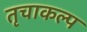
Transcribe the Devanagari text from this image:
तृचाकल्प